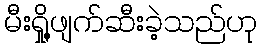
မီးရှို့ဖျက်ဆီးခဲ့သည်ဟု